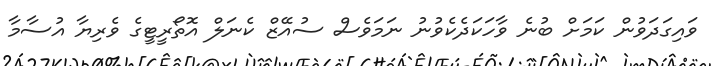
ވައިގަދަވުން ކަމަށް ބުނެ ވާހަކަދެކެވުނު ނަމަވެސް ސުއޭޒް ކެނަލް އޮތޯރީޓީގެ ވެރިޔާ އުސާމާ